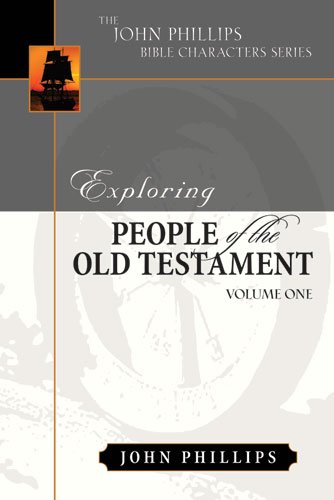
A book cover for Exploring People of the Old Testament (The John Phillips Bible Character Series), Volume 1; John Phillips; Christian Books & Bibles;